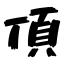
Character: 頂